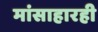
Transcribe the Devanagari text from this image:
मांसाहारही